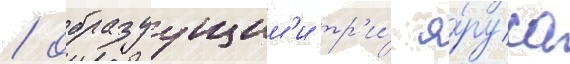
/ образуущим'и тр'и́ я́руса